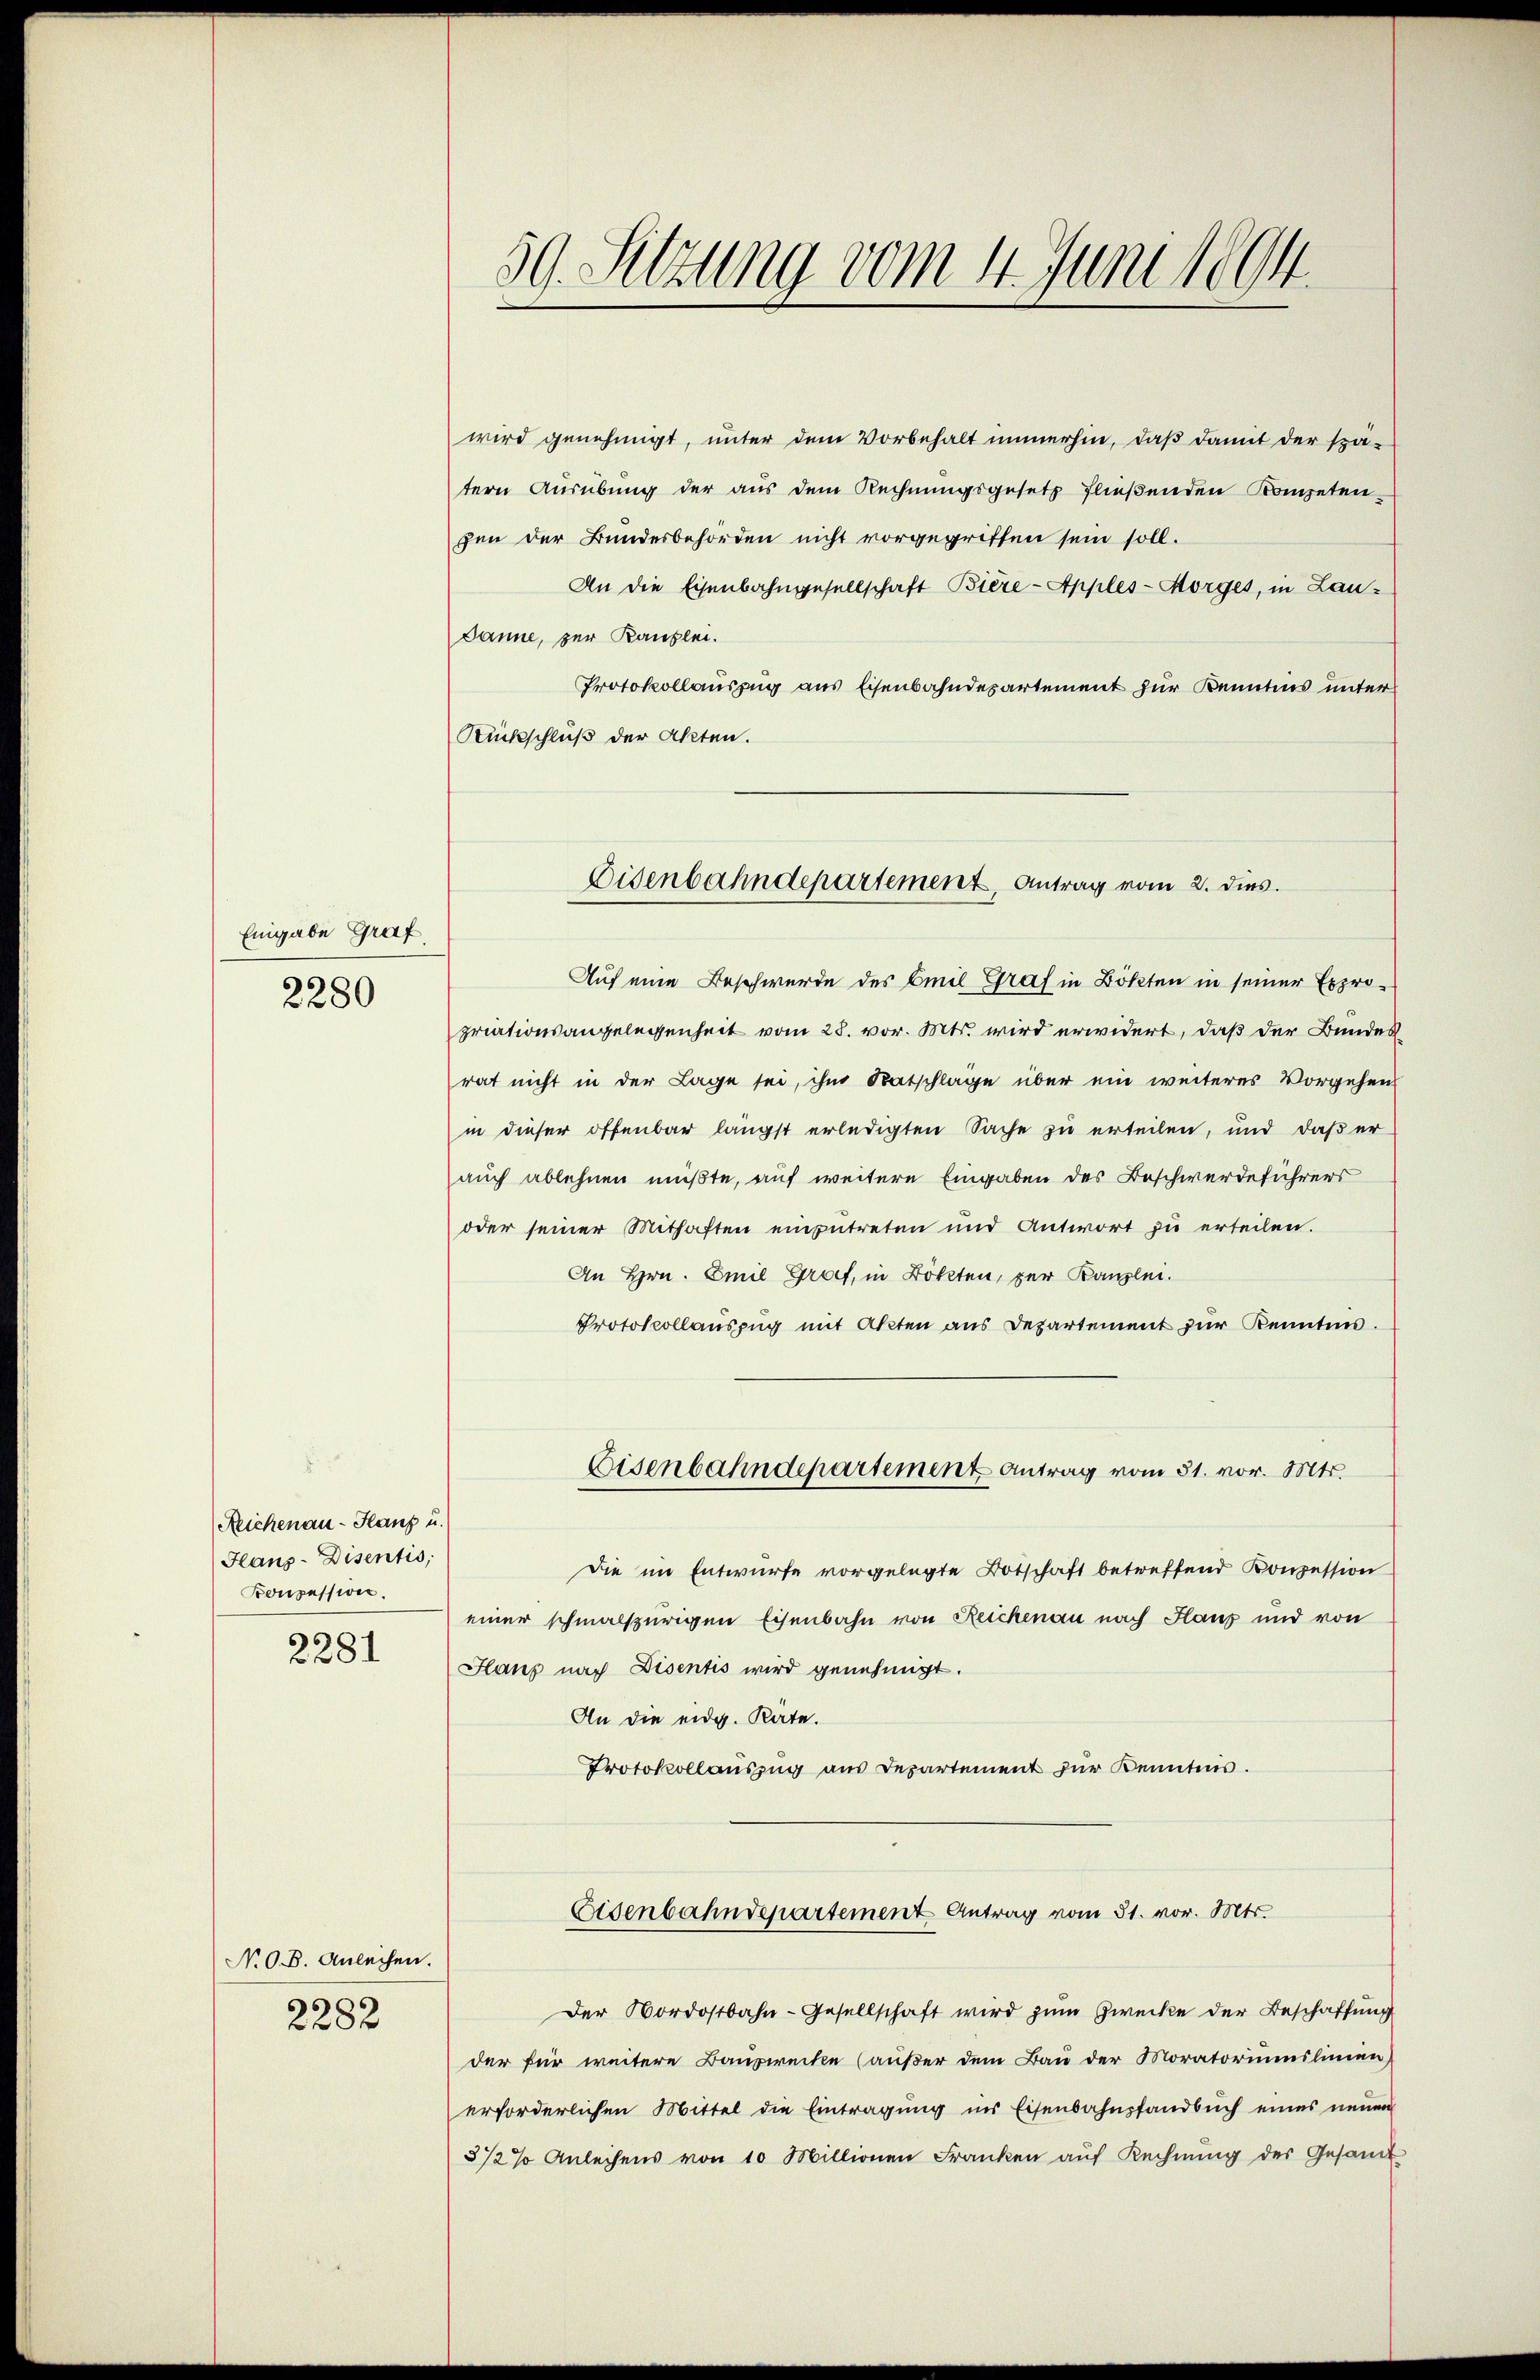
Eingabe Graf
2280

Reichenau - Hans u.
Hans-Disentis,
Konzession.
2281

N.O.B. Anleihen.
2282

59. Setzung vom 4. Juni 1894

wird genehmigt, unter dem Vorbehalt immerhin, daß damit der spatern Ausübung der aus dem Rechnungsgesetz fließenden Kompetenpen der Bundesbehörden nicht vorgegriffen sein soll.
An die Eisenbahngesellschaft Biere-Apples-Morges, in Lau¬
Janne, zur Kanzlei.
Protokollauszug aus Eisenbahndepartement zur Kenntins unter
Rückschluß der Akten.
Auf eine Beschwerde des Emil Graf in Bökten in seiner Expropriationsangelegenheit vom 28. vor. Mts. wird erwidert, daß der Bundes
rat nicht in der Lage sei, ihm Ratschlage über ein weiteres Vorgehen
in dieser offenbar längst erledigten Sache zu erteilen, und daß er
auch ablehnen müßte, auf weitere Eingaben des Beschwerdeführers
oder seiner Mithaften einzutreten und Antwort zu erteilen.
An Hrn. Emil Graf, in Bökten, zur Kanzlei.
Protokollauszug mit Akten aus Departement zur Kenntnis.
Eisenbahndepartement Antrag vom 31. vor. Mts.
Die im Entwurfe vorgelegte Botschaft betreffend Konzession
einer schmalspurigen Eisenbahn von Reichenau nach Haus und von
Hanf nach Disentis wird genehmigt.
An die eidg. Rate.
Protokollaŭszŭg aŭs Departement zur Kenntnis.
Eisenbahndepartement Antrag vom 31. vor. Mts.
Der Nordostbahn-Gesellschaft wird zŭm Zwecke der Beschaffŭng
der für weitere Bauzwecke (außer dem Bau der Moratoriumslinien)
erforderlichen Mittel die Eintragung in Eisenbahnsfandbuch eines neuen
3 1/2 % Anleihens von 10 Millionen Franken aŭf Rechnŭng des Gesamt

Disenbahndepartement, Antrag vom 2. dies